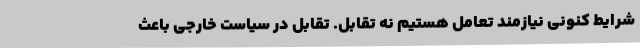
شرایط کنونی نیازمند تعامل هستیم نه تقابل. تقابل در سیاست خارجی باعث